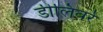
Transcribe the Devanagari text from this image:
डीलिवर्र